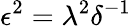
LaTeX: \epsilon^{2}=\lambda^{2}\delta^{-1}